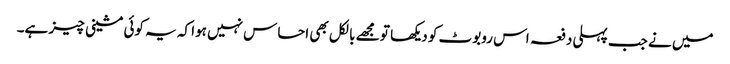
میں نے جب پہلی دفعہ اس روبوٹ کو دیکھا تو مجھے بالکل بھی احساس نہیں ہوا کہ یہ کوئی مشینی چیز ہے۔